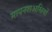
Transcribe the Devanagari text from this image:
मापनशअस्त्रियों